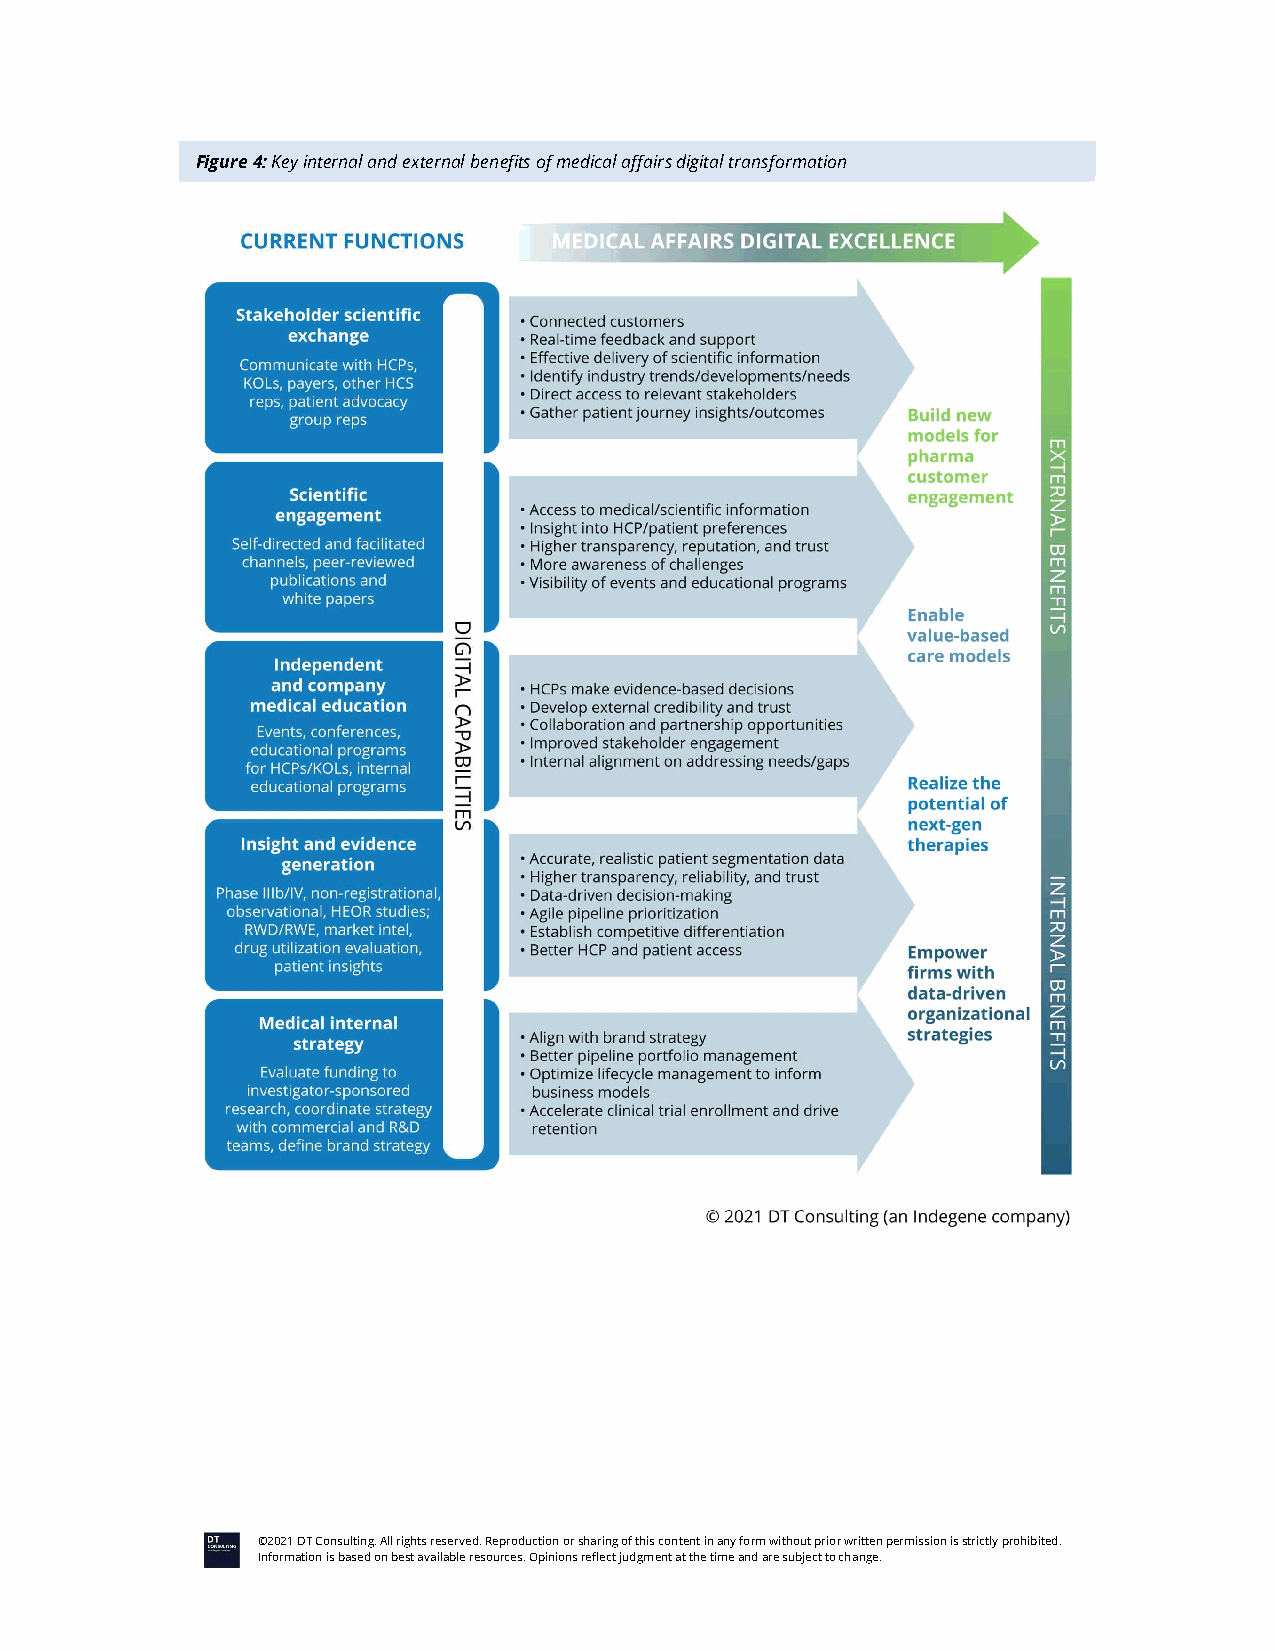
Figure 4: Key internal and external benefits of medical affairs digital transformation
 ©2021 DT Consulting. All rights reserved. Reproduction or sharing of this content in any form without prior written permission is strictly prohibited.
 Information is based on best available resources. Opinions reflect judgment at the time and are subject to change.